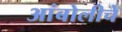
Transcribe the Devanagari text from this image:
आंबोलीचे